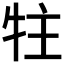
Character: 𰠳